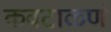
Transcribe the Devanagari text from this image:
कवटाळणं